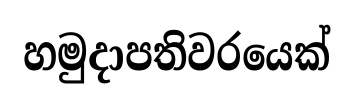
හමුදාපතිවරයෙක්